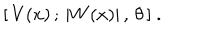
[ \, V ( x ) \, ; \, | W ( x ) | \, , \, \theta \, ] ~ .